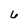
Character: 6